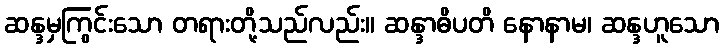
ဆန္ဒမှကြွင်းသော တရားတို့သည်လည်း။ ဆန္ဒာဓိပတိ နောနာမ၊ ဆန္ဒဟူသော